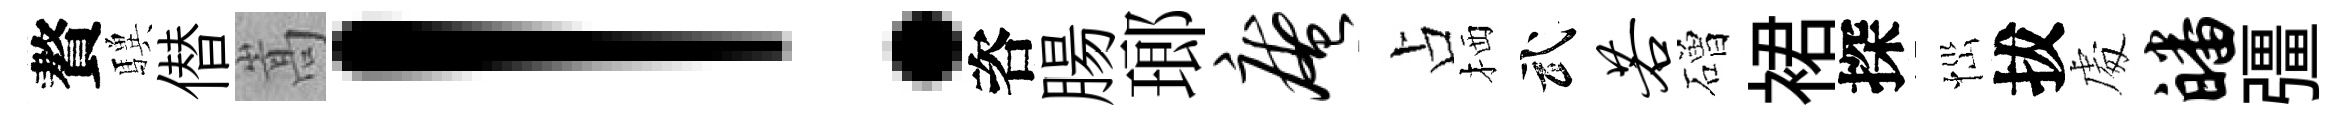
贅驥僣嵩！咨腸瑯庵占栖武若磳裙探𢙉拔䖏皤彊